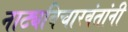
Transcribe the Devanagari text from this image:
नाट्यविचारवंतांनी